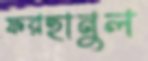
ফরহানুল